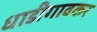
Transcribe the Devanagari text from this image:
धाडीगावकर